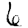
Digit: 6